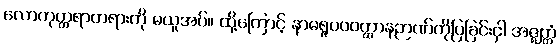
လောကုတ္တရာတရားကို မယူအပ်။ ထို့ကြောင့် နာမရူပဝဝတ္ထာနဉာဏ်ကိုပြခြင်းငှါ အဇ္ဈတ္တံ